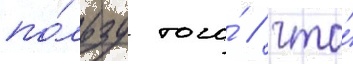
по́льзу того́ / что́